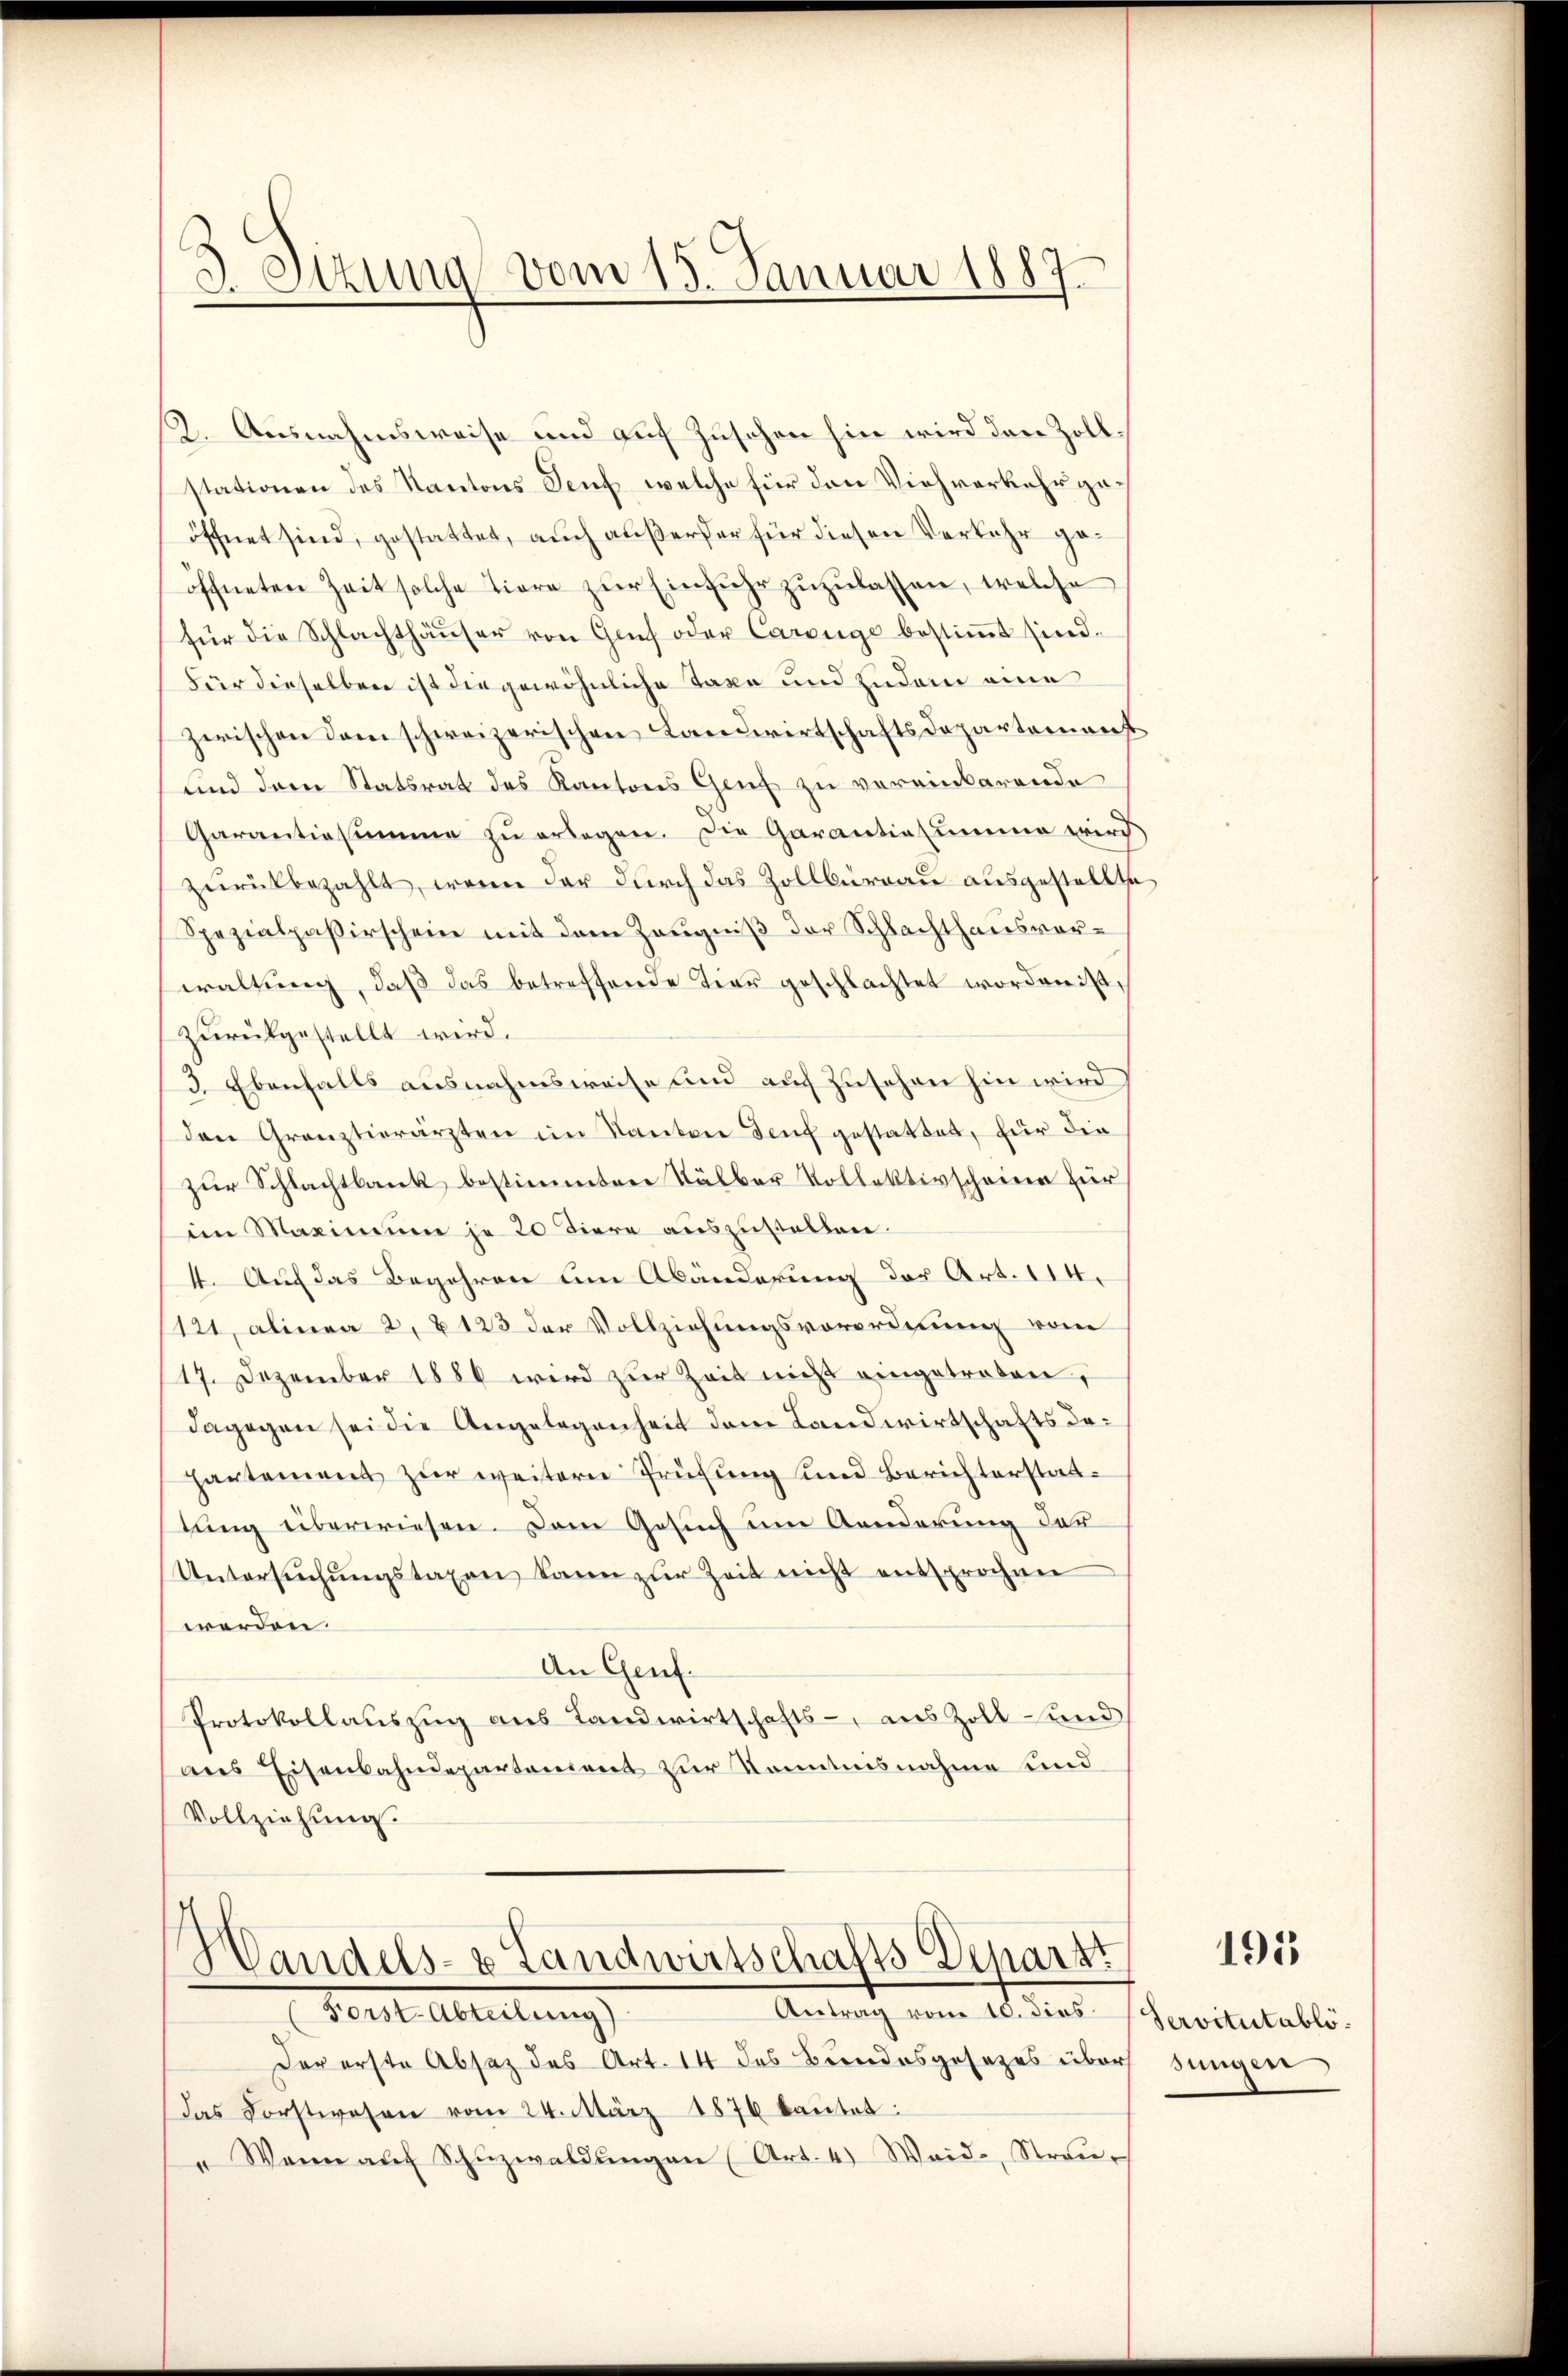
.
3. Stzung vom 15. Januar 1887.

2. Ausnahmsweise und auf Zuschen hin wird den Zollstationen des Kantons Senf, welche für den Viehverkehr geöffnet sind, gestattet, auch außerer für diesen Verkehr geöffneten Zeit solche Tiere zŭr Einfuhr zuzulassen, welche
für die Schlachthäŭser von Genf oder Carzüge bestimmt sind.
Für dieselben ist die gewöhnliche Taxe und zudem eine
zwischen dem schweizerischen Landwirtschaftsdeparteinanz
und dem Statsrat des Kantons Genf zu vereinbarende
Garantiasumme zŭ erlagen. Die Garantiesumme wird.
zurückbezahlt, wenn der durch das Zollbüreau ausgestellte
Spezialpaßirschein mit dem Zeugniß der Schlachthausvorwaltung, daß das betreffende Tier geschlachtet worden ist,
zurückgestellt wird.
3. Ebenfalls ausnahmsweise und auf Zusehen hin wird
den Gränztierärzten im Kanton Senf gestattet, für die
zur Schlachtbank bestimmten Stälber Kollektivscheine für
im Maximum je 20 Tiere auszustellen.
4. Auf das Begehren am Abanderung des Art. 114.
1121, alinea 2, 123 der Vollziehungsverordnung vom
17. Dezember 1886 wird zur Zeit nicht eingetroben,
dagegen sei die Angelegenheit dem Landwirtschafts dahartement zur weitern Prüfung und Berichterstattung überwiesen. Dem Gesuch um Aenderung der
Untersŭchŭngstaxen kann zŭr Zeit nicht entsprochen
werden.
An Genf.
Protokollauszug aus Landwirtschafts-, aus Zoll- und
aus Eisenbahndepartanient zur Kenntnisnahme und
Vollziehung.

Der erste Absatz des Art. 14 des Bundesgesezes über
Das Forstwesen vom 24. März 1876 kaŭtet:
"Wenn aŭf Schŭzwaldŭngen (Art. 4) Weid- Strau¬

Handels- & Landwirtschafts Departt
Antrag vom 10. dies
Bartl. Abteilung

Servitutablö
sungen

195